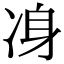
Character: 𠗏